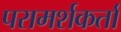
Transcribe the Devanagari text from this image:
परामर्शकर्ता